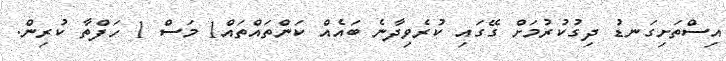
އިސްތަށިގަނޑު ދިގުކުރުމަށް ގޭގައި ކުރެވިދާނެ ބައެއް ކަންތައްތައް1 މަސް 1 ހަފްތާ ކުރިން.